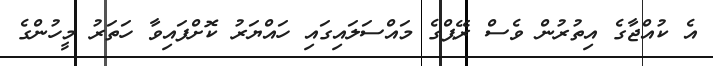
އެ ކުއްޖާގެ އިތުރުން ވެސް ރޭޕްގެ މައްސަލައިގައި ހައްޔަރު ކޮށްފައިވާ ހަތަރު މީހުންގެ